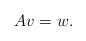
LaTeX: \begin{align*}A v =w.\end{align*}